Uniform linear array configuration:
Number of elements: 48
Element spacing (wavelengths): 0.5
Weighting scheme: binomial
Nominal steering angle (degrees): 15
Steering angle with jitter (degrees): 13.347
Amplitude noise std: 0.05
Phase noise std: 0.05

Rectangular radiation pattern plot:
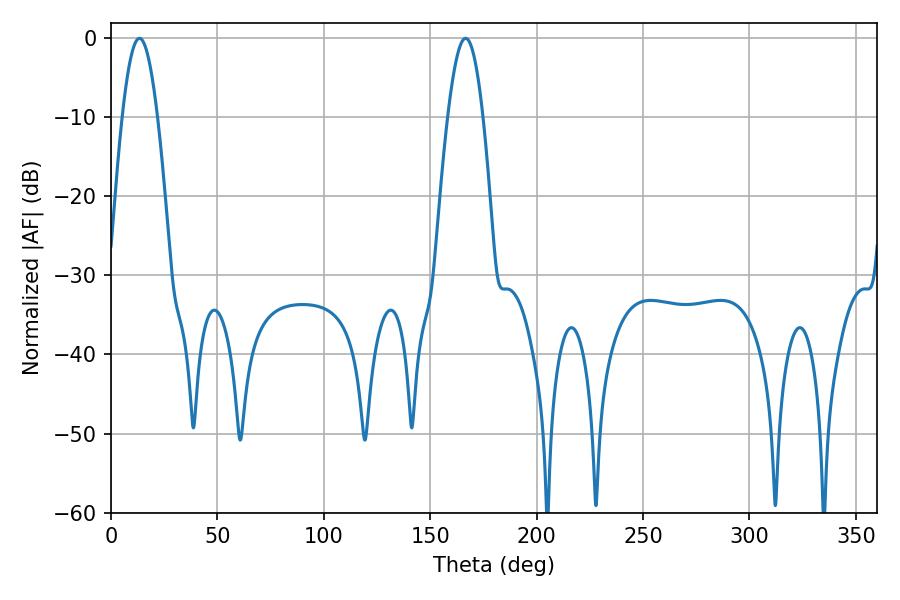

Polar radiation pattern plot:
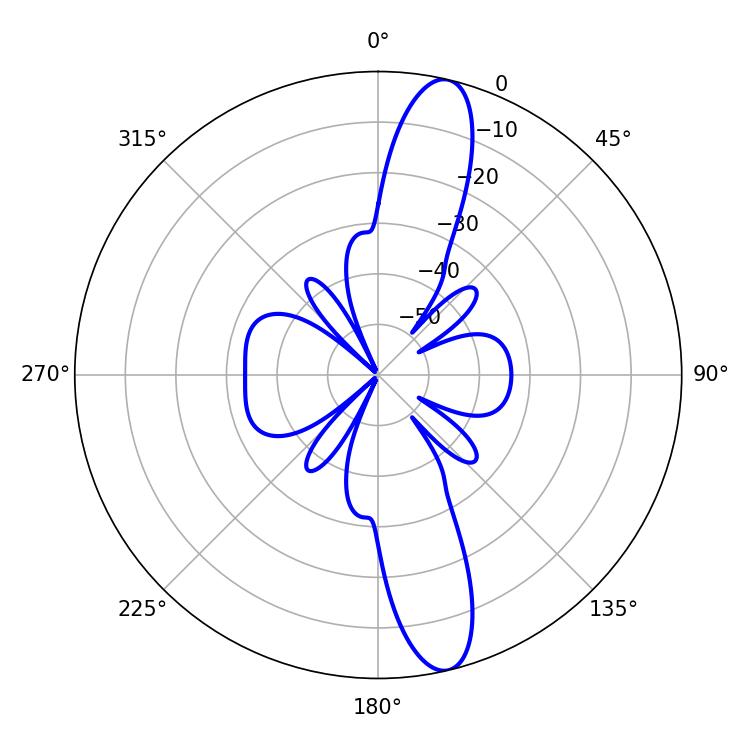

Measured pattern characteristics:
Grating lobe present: FALSE
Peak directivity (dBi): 14.041
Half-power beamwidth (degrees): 8.82
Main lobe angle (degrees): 13.32